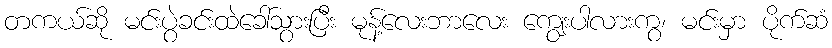
တကယ်ဆို မင်းပွဲခင်းထဲခေါ်သွားပြီး မုန့်လေးဘာလေး ကျွေးပါလားကွ၊ မင်းမှာ ပိုက်ဆံ